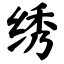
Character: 绣